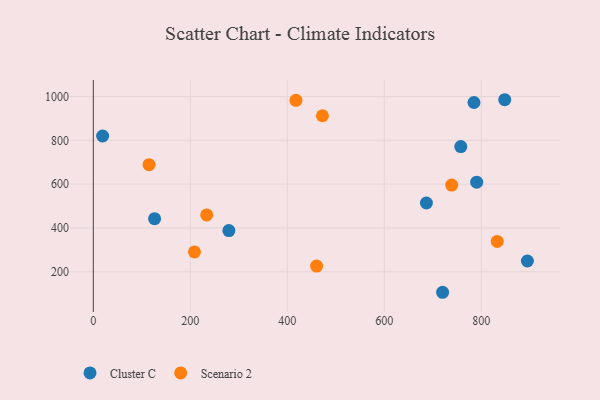
{"axis": {"x": "Ad Spend", "y": "Profit"}, "legend": ["Cluster C", "Scenario 2"], "data": [{"x": "784.9", "y": 972.7, "type": "Cluster C"}, {"x": "757.7", "y": 771.4, "type": "Cluster C"}, {"x": "19.2", "y": 819.7, "type": "Cluster C"}, {"x": "126.3", "y": 442.1, "type": "Cluster C"}, {"x": "720.2", "y": 106.2, "type": "Cluster C"}, {"x": "686.8", "y": 513.7, "type": "Cluster C"}, {"x": "848.3", "y": 985.3, "type": "Cluster C"}, {"x": "279.5", "y": 387.9, "type": "Cluster C"}, {"x": "895.0", "y": 248.9, "type": "Cluster C"}, {"x": "790.5", "y": 608.7, "type": "Cluster C"}, {"x": "208.6", "y": 290.6, "type": "Scenario 2"}, {"x": "114.9", "y": 688.9, "type": "Scenario 2"}, {"x": "417.8", "y": 982.5, "type": "Scenario 2"}, {"x": "832.8", "y": 338.4, "type": "Scenario 2"}, {"x": "738.9", "y": 595.6, "type": "Scenario 2"}, {"x": "233.8", "y": 459.5, "type": "Scenario 2"}, {"x": "472.4", "y": 912.1, "type": "Scenario 2"}, {"x": "460.4", "y": 225.7, "type": "Scenario 2"}]}